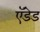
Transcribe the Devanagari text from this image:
ऍडेड